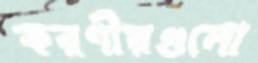
করণীয়গুলো